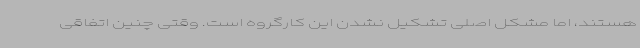
هستند، اما مشکل اصلی تشکیل نشدن این کارگروه است. وقتی چنین اتفاقی